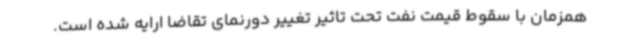
همزمان با سقوط قیمت نفت تحت تاثیر تغییر دورنمای تقاضا ارایه شده است.